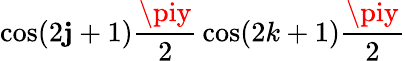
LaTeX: \cos(2\mathbf{j}+1){\frac{{\piy}}{{2}}}\cos(2k+1){\frac{{\piy}}{{2}}}